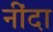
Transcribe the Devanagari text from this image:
नींदा